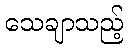
သေချာသည့်